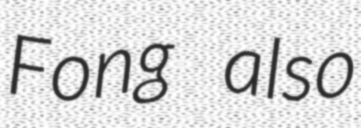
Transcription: Fong also